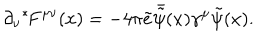
\partial _ { \nu } { } ^ { * } \! F ^ { \mu \nu } ( x ) = - 4 \pi \tilde { e } \bar { \tilde { \psi } } ( x ) \gamma ^ { \mu } \tilde { \psi } ( x ) .